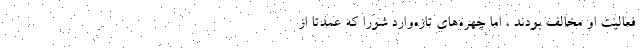
فعالیت او مخالف بودند ، اما چهره‌های تازه‌وارد شورا که عمدتاً از